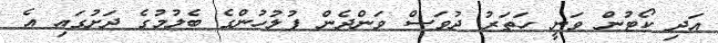
އަދި ކޯޓުން ވަނީ ހަތަރު ދުވަސް ވަންދެން ފުލުހުންގެ ބެލުމުގެ ދަށުގައި އެ